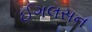
ઈગલસન